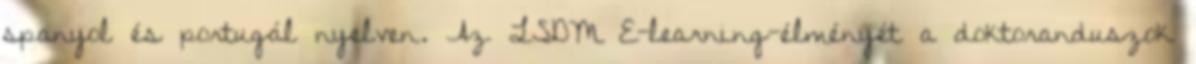
spanyol és portugál nyelven. Az LSDM E-learning-élményét a doktoranduszok